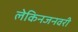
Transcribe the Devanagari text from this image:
लेकिनजनवरी